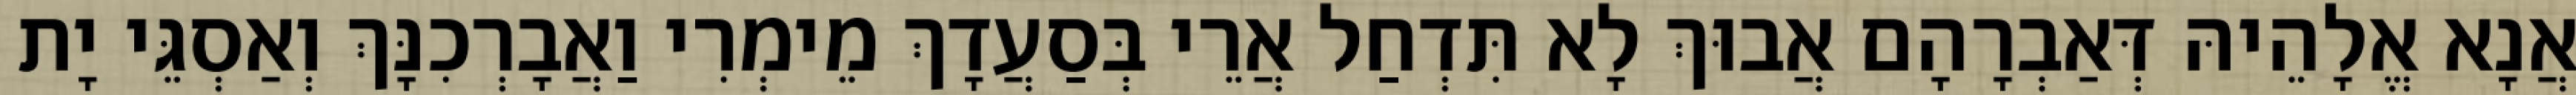
אֲנָא אֱלָהֵיהּ דְּאַבְרָהָם אֲבוּךְ לָא תִּדְחַל אֲרֵי בְּסַעֲדָךְ מֵימְרִי וַאֲבָרְכִנָּךְ וְאַסְגֵּי יָת